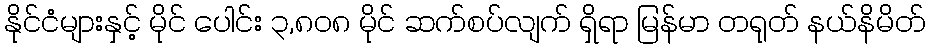
နိုင်ငံများနှင့် မိုင် ပေါင်း ၃,၈၀၈ မိုင် ဆက်စပ်လျက် ရှိရာ မြန်မာ တရုတ် နယ်နိမိတ်